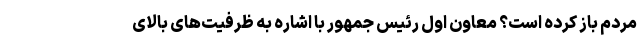
مردم باز کرده است؟ معاون اول رئیس جمهور با اشاره به ظرفیت‌های بالای